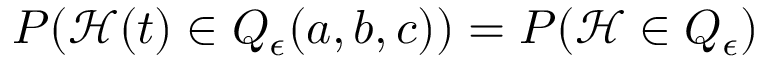
P ( \mathcal { H } ( t ) \in Q _ { \epsilon } ( a , b , c ) ) = P ( \mathcal { H } \in Q _ { \epsilon } )